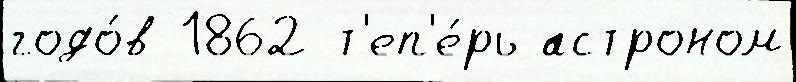
годо́в 1862 т'еп'е́рь астроном